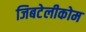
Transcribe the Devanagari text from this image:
जिबटेलीकोम